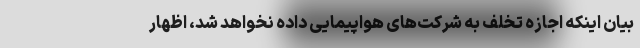
بیان اینکه اجازه تخلف به شرکت‌های هواپیمایی داده نخواهد شد، اظهار